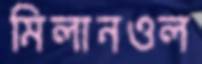
মিলানওল